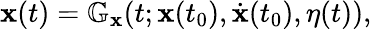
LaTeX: \begin{array}{r}{\mathbf{x}(t)=\mathbb G_{\mathbf{x}}(t;\mathbf{x}(t_{0}),\dot{\mathbf{x}}(t_{0}),\eta(t)),}\end{array}